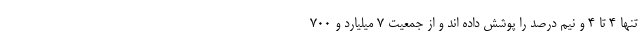
تنها 4 تا 4 و نیم درصد را پوشش داده اند و از جمعیت 7 میلیارد و 700